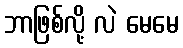
ဘာဖြစ်လို့ လဲ မေမေ